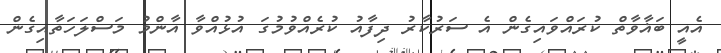
އެއީ ބަޣާވާތް ކުރައްވައިގެން އެ ސަރުކާރު ދިފާއު ކުރެއްވުމުގަ އުޅުއްވާ އާންމު މަސްލަހަތާއިގެން